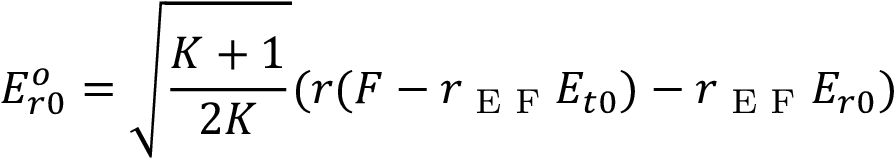
E _ { r 0 } ^ { o } = \sqrt { \frac { K + 1 } { 2 K } } ( r ( F - r _ { \textrm { E F } } E _ { t 0 } ) - r _ { \textrm { E F } } E _ { r 0 } )